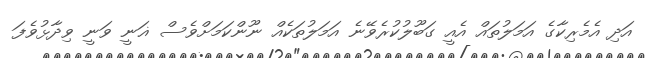
އަދި އެމެރިކާގެ އަމަލުތައް އެއީ ގަބޫލުކުރެވޭނެ އަމަލުތަކެއް ނޫންކަމަށްވެސް ޣަނީ ވަނީ ވިދާޅުވެފަ